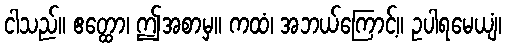
ငါသည်။ ဧတ္ထော၊ ဤအစာမှ။ ကထံ၊ အဘယ်ကြောင့်။ ဥပါရမေယျံ၊